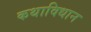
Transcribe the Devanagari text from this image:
कथाविधान